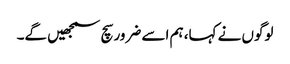
لوگوں نے کہا، ہم اسے ضرور سچ سمجھیں گے۔